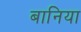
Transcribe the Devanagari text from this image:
बानिया